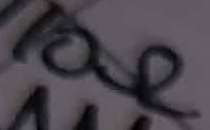
Text: 10Ω